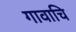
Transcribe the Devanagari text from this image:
गावाचि